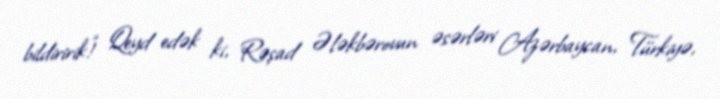
bildiririk!” Qeyd edək ki, Rəşad Ələkbərovun əsərləri Azərbaycan, Türkiyə,